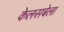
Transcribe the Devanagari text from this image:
केलसबेला